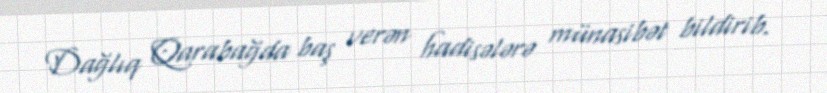
Dağlıq Qarabağda baş verən hadisələrə münasibət bildirib.